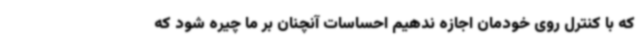
که با کنترل روی خودمان اجازه ندهیم احساسات آنچنان بر ما چیره شود که